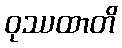
ဝုဿထာတိ